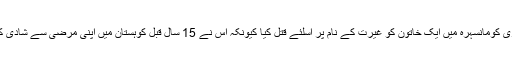
8 جنوری کومانسہرہ میں ایک خاتون کو غیرت کے نام پر اسلئے قتل کیا کیونکہ اس نے 15 سال قبل کوہستان میں اپنی مرضی سے شادی کی تھی۔